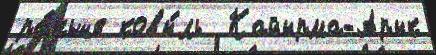
ра́ньше ковы́ль  Кайырма-Арык